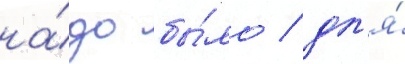
на́до бы́ло / дл'я́